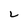
Character: L